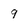
Character: 9